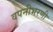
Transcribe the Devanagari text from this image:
वपनीभरणी